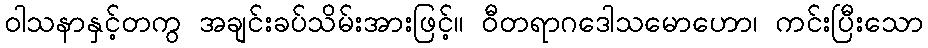
ဝါသနာနှင့်တကွ အချင်းခပ်သိမ်းအားဖြင့်။ ဝီတရာဂဒေါသမောဟော၊ ကင်းပြီးသော